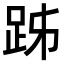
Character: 𧿲